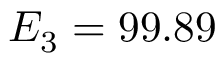
E _ { 3 } = 9 9 . 8 9